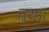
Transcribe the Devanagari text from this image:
तुरहा